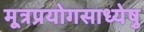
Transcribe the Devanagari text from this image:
मूत्रप्रयोगसाध्येषु